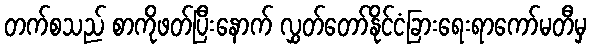
တက်စသည် စာကိုဖတ်ပြီးနောက် လွှတ်တော်နိုင်ငံခြားရေးရာကော်မတီမှ